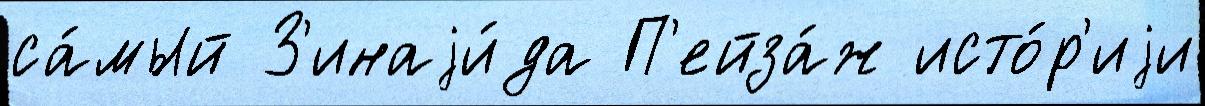
са́мый З'инаjи́да П'ейза́ж исто́р'иjи